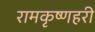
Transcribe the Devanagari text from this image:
रामकृष्णहरी